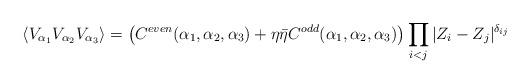
LaTeX: \begin{align*}\langle V_{\alpha_1}V_{\alpha_2}V_{\alpha_3}\rangle =\left( C^{even}(\alpha_1,\alpha_2,\alpha_3) +\eta\bar\eta C^{odd}(\alpha_1,\alpha_2,\alpha_3)\right)\prod\limits_{i<j}|Z_i-Z_j|^{\delta_{ij}}\end{align*}